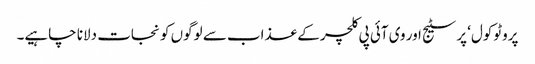
پروٹوکول‘ پرسٹیج اور وی آئی پی کلچر کے عذاب سے لوگوں کو نجات دلانا چاہیے۔